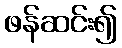
ဖန်ဆင်း၍